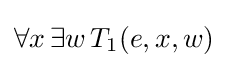
\forall x\,\exists w\,T_{1}(e,x,w)